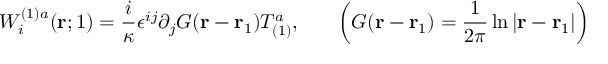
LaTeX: W _ { i } ^ { ( 1 ) a } ( { \bf r } ; 1 ) = \frac { i } { \kappa } \epsilon ^ { i j } \partial _ { j } G ( { \bf r } - { \bf r } _ { 1 } ) T _ { ( 1 ) } ^ { a } , ~ ~ ~ ~ ~ \left( G ( { \bf r } - { \bf r } _ { 1 } ) = \frac { 1 } { 2 \pi } \ln | { \bf r } - { \bf r } _ { 1 } | \right)